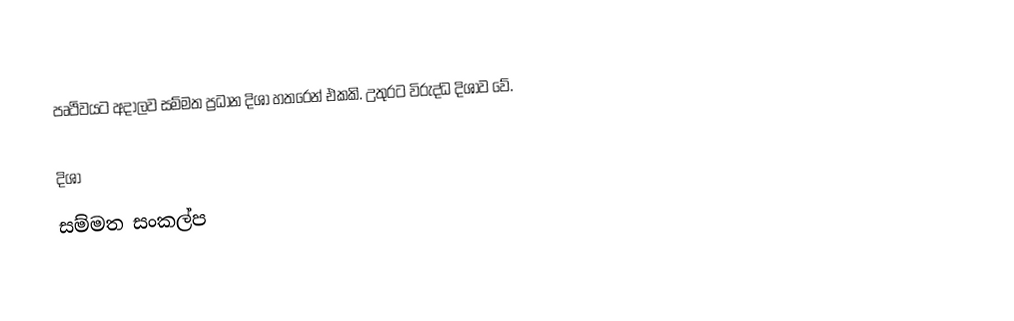
පෘථිවයට අදාලව සම්මත ප්‍රධාන දිශා හතරෙන් එකකි. උතුරට විරුද්ධ දිශාව වේ.

දිශා
සම්මත සංකල්ප